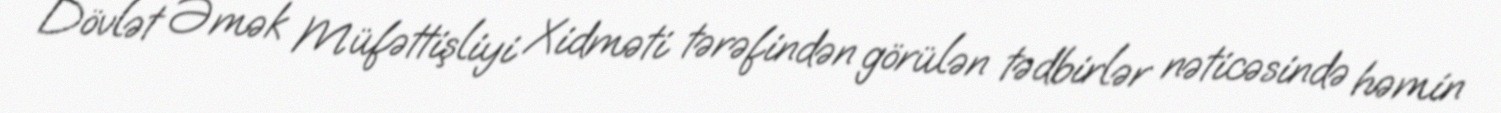
Dövlət Əmək Müfəttişliyi Xidməti tərəfindən görülən tədbirlər nəticəsində həmin